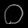
Digit: ၀